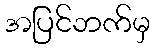
အပြင်ဘက်မှ